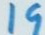
19